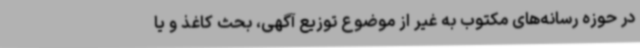
در حوزه رسانه‌های مکتوب به غیر از موضوع توزیع آگهی، بحث کاغذ و یا